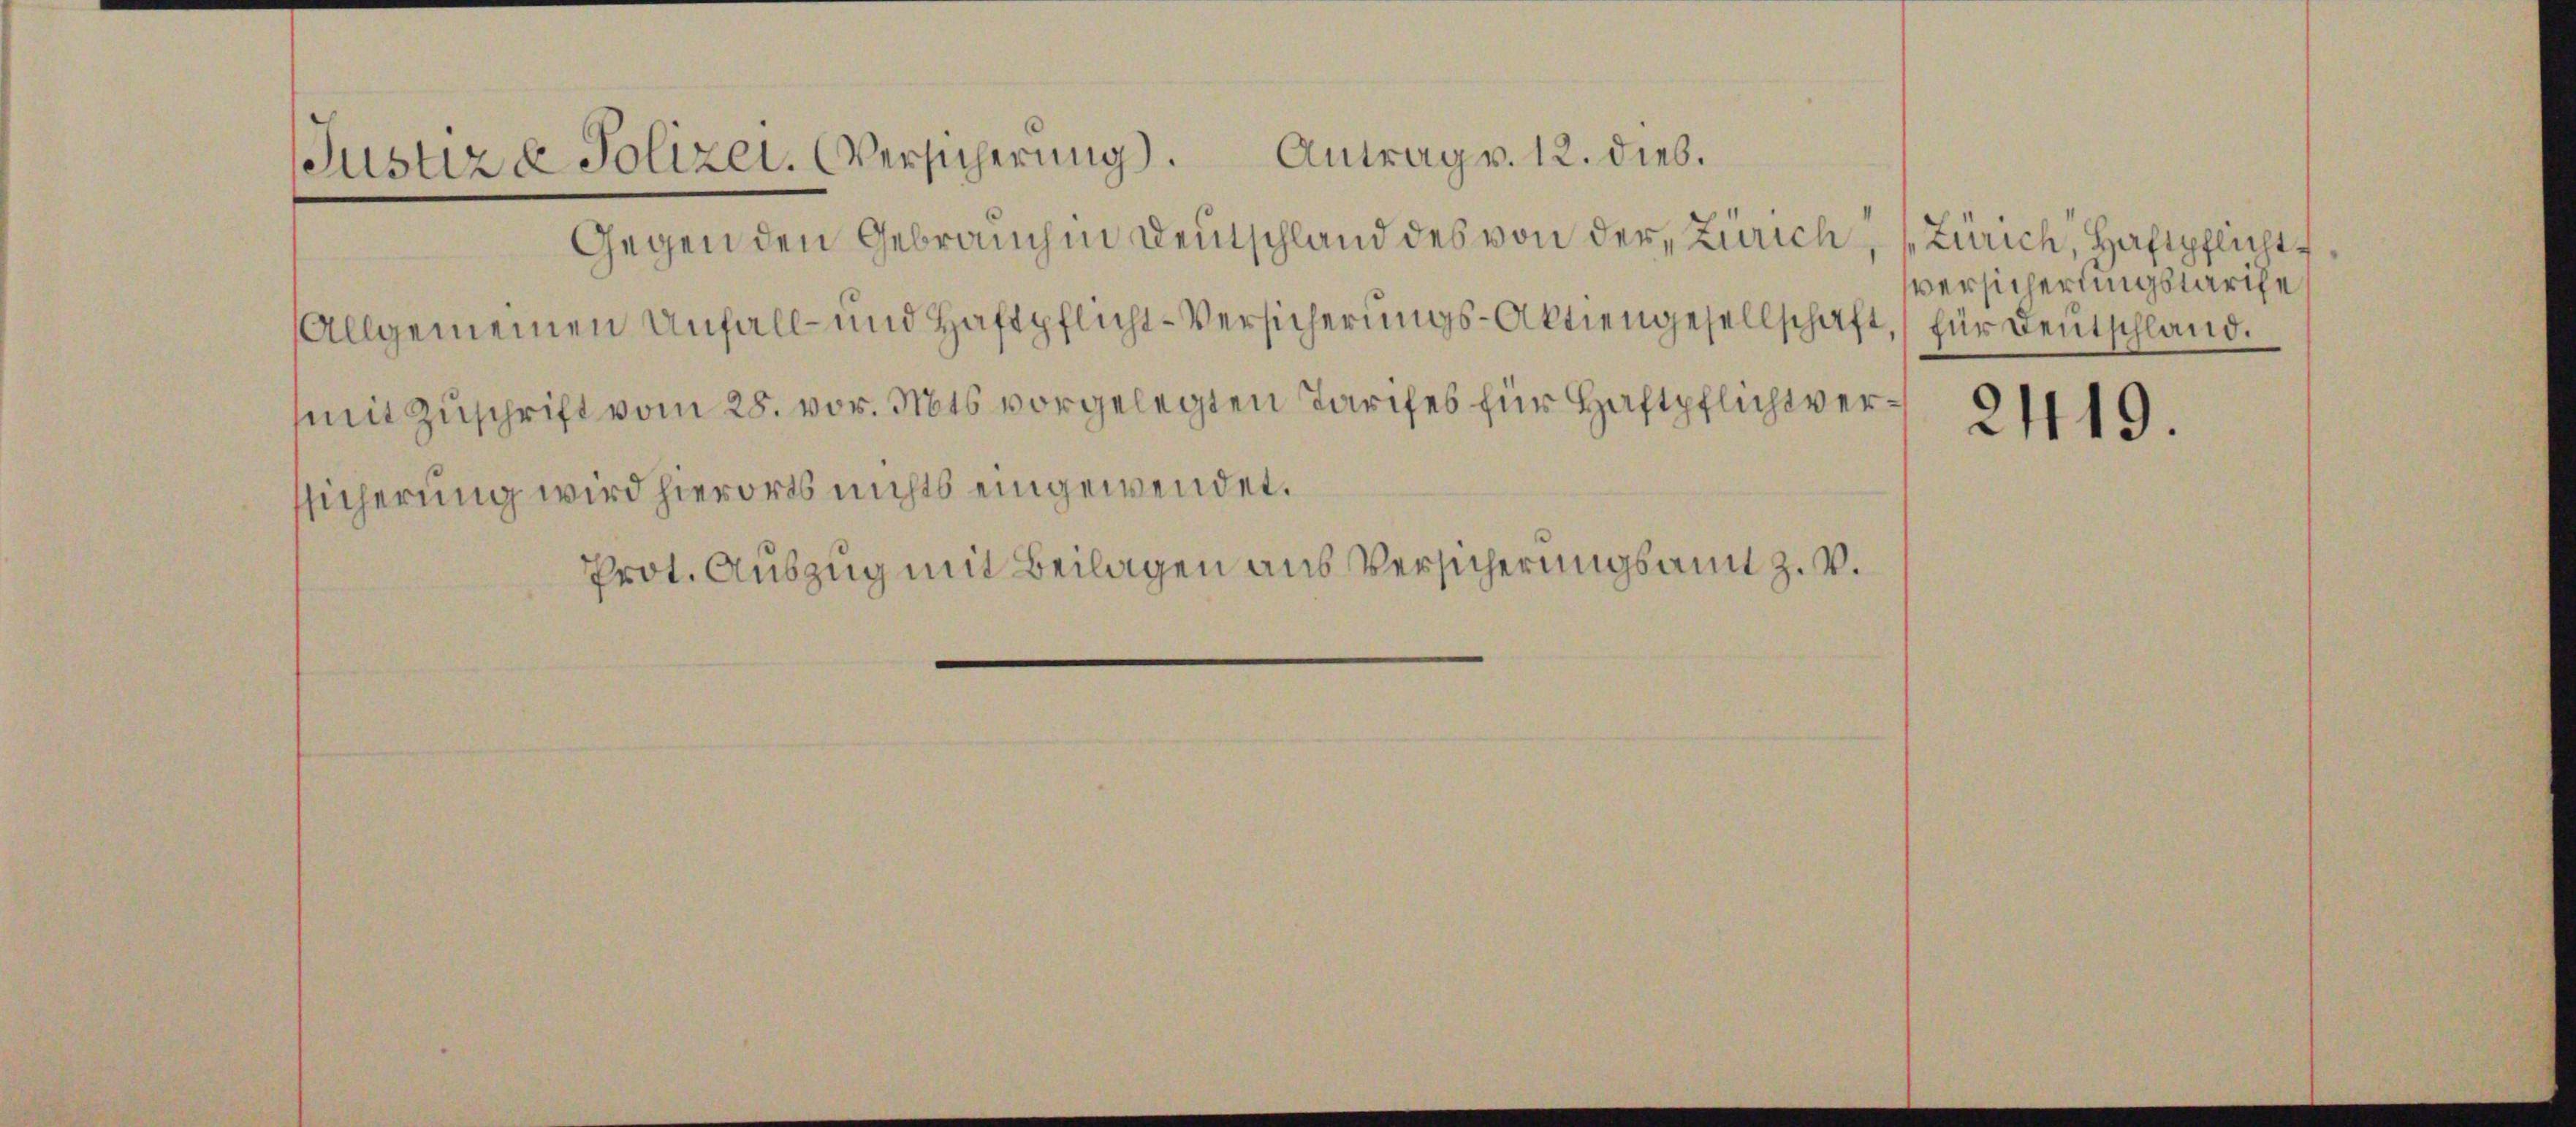
Justiz & Polizer. Versicherung). Antrag v. 12. dieb.
Gegen den Gebrauch in Deutschland des von der Zürich, Zürich, Haftpflicht¬
Allgemeinen Unfall- und Haftpflicht-Versicherungs-Aktiengesellschaft,

ssicherung wird hierorts nichts eingewendet.

Prot. Auszug mit Beilagen aus Versicherungsamt Z. V.

mit Zuschrift vom 28. vor. Mts. vorgelegten Tarifes für Haftpflicht ver-2419.

versicherungslarise
für Deutschland.